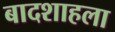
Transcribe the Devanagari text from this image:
बादशाहला